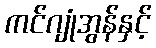
ကင်ဂျုံအွန်နှင့်